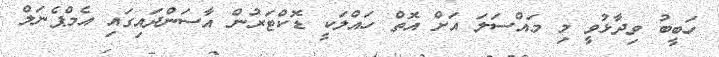
ހަބީބު ވިދާޅުވީ މި މައްސަލަ އަށް އޮތް ހައްލަކީ ޑޮކްޓަރުން އާސަންދައިގައި އެމްޕެނަލް